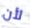
لأن